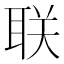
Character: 联